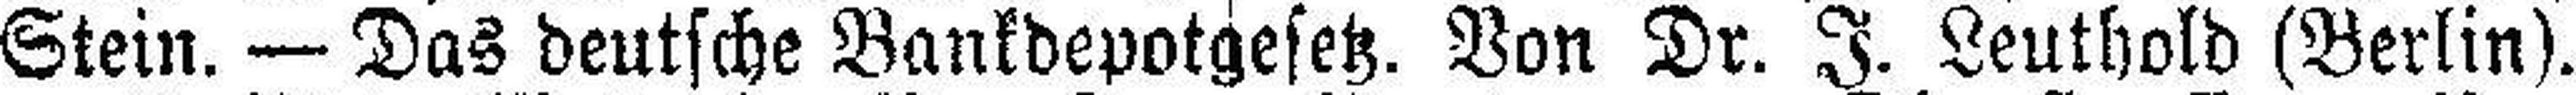
Stein. — Das deutsche Bankdepotgesetz. Von Dr. J. Leuthold (Berlin).